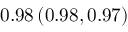
0 . 9 8 \left( 0 . 9 8 , 0 . 9 7 \right)